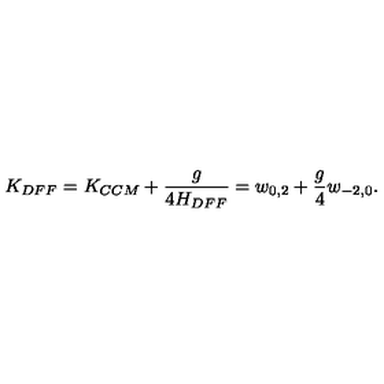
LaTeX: K _ { D F F } = K _ { C C M } + \frac { g } { 4 H _ { D F F } } = w _ { 0 , 2 } + { \frac { g } { 4 } } w _ { - 2 , 0 } .